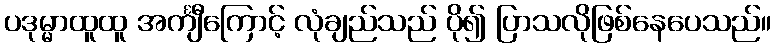
ပဒုမ္မာထူထူ အင်္ကျီကြောင့် လုံချည်သည် ပို၍ ပြာသလိုဖြစ်နေပေသည်။